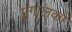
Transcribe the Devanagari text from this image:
प्रगालकों